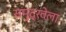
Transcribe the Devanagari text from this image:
समुद्रवेला